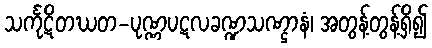
သင်္ကုဋိတဃတ-ပုဏ္ဏပဋလခဏ္ဍသဏ္ဌာနံ၊ အတွန့်တွန့်ရှိ၍